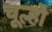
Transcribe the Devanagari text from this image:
चूल्हो